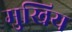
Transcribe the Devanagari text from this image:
मुखिय